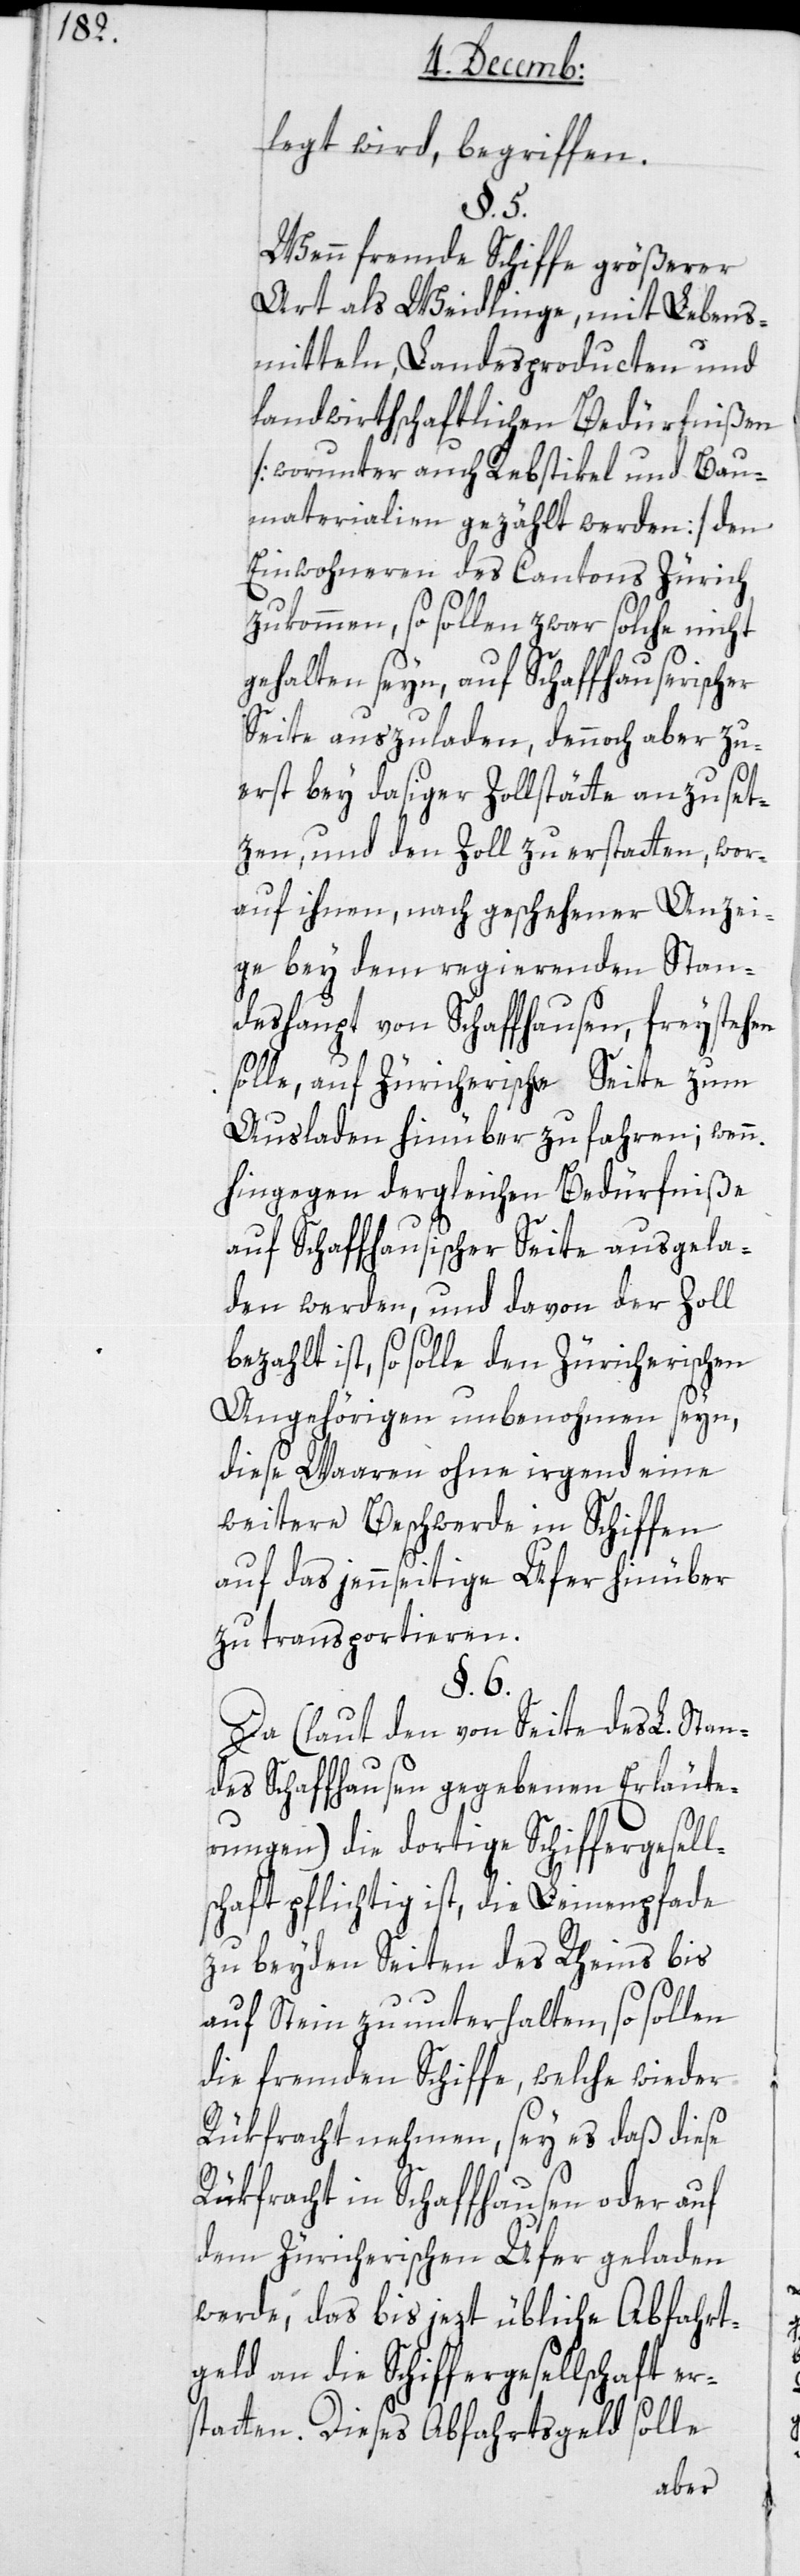
legt wird, begriffen.
§. 5.
Wenn fremde Schiffe größerer
Art als Weidlinge, mit Lebens¬
mitteln, Landesproducten und
landwirthschaftlichen Bedürfnißen
[worunter auch Rebstikel und Bau¬
materialien gezählt werden] den
Einwohneren des Cantons Zürich
zukommen, so sollen zwar solche nicht
gehalten seyn, auf Schaffhauserischer
Seite auszuladen, dennoch aber zu¬
erst bey dasiger Zollstätte anzuset¬
zen, und den Zoll zu erstatten, wor¬
auf ihnen, nach geschehener Anzei¬
ge bey dem regierenden Stan¬
deshaupt von Schaffhausen, freystehen
solle, auf Züricherische Seite zum
Ausladen hinüber zu fahren; wenn
hingegen dergleichen Bedürfniße
auf Schaffhausischer Seite ausgela¬
den werden, und davon der Zoll
bezahlt ist, so solle den Züricherischen
Angehörigen unbenommen seyn,
diese Waaren ohne irgend eine
weitere Beschwerde in Schiffen
auf das jennseitige Ufer hinüber
zu transportieren.
§. 6.
Da (laut den von Seite des L. Stan¬
des Schaffhausen gegebenen Erläuter¬
ungen) die dortige Schiffergesell¬
schaft pflichtig ist, die Leinenpfade
zu beyden Seiten des Rheins bis
auf Stein zu unterhalten, so sollen
die fremden Schiffe, welche wieder
Rükfracht nehmen, sey es daß diese
Rükfracht in Schaffhausen oder auf
dem Züricherischen Ufer geladen
werde, das bis jezt übliche Abfahrt¬
geld an die Schiffergesellschaft er¬
statten. Dieses Abfahrtsgeld solle